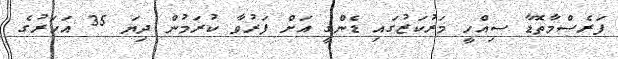
ފަރެސްމާތޮޑާ ސިއްހީ މަރުކަޒުގައި ޑެންގީ އަށް ފަރުވާ ކުރަމުން ދިޔަ 35 އަހަރުގެ